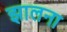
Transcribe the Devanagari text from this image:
झालना